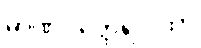
မာဏဝတ္ထေရဂါထာ